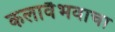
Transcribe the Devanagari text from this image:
कलावैभवाचा